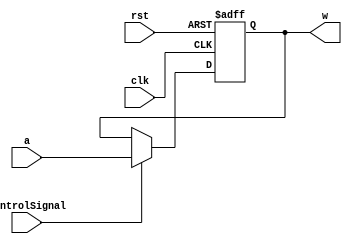
module RegisterWithControl(clk, rst, controlSignal, a, w);
  input [31:0] a;
  input clk, rst, controlSignal;
  output reg [31:0] w;
  always @(posedge clk, posedge rst)
  begin
    if(rst == 1'b1)
      w <= 32'b0;
    else if(controlSignal == 1'b1)
      w <= a;
  end
endmodule